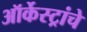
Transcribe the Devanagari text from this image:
ऑर्केस्ट्रांचे